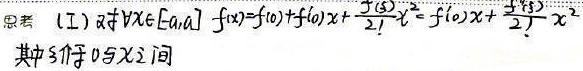
思考 (I) ：对\(\forall x\in[-a,a]\)，\(f(x)=f(0)+f'(0)x+\frac{f''(\xi)}{2!}x^{2}=f'(0)x+\frac{f''(\xi)}{2!}x^{2}\)，其中\(\xi\)介于\(0\)与\(x\)之间。